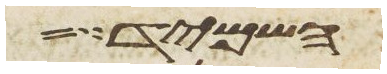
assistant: השמיד